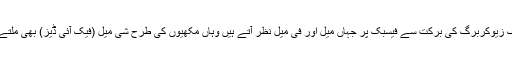
مارک زیوکربرگ کی برکت سے فیسبک پر جہاں میل اور فی میل نظر آتے ہیں وہاں مکھیوں کی طرح شی میل (فیک آئی ڈیز) بھی ملتے ہیں۔